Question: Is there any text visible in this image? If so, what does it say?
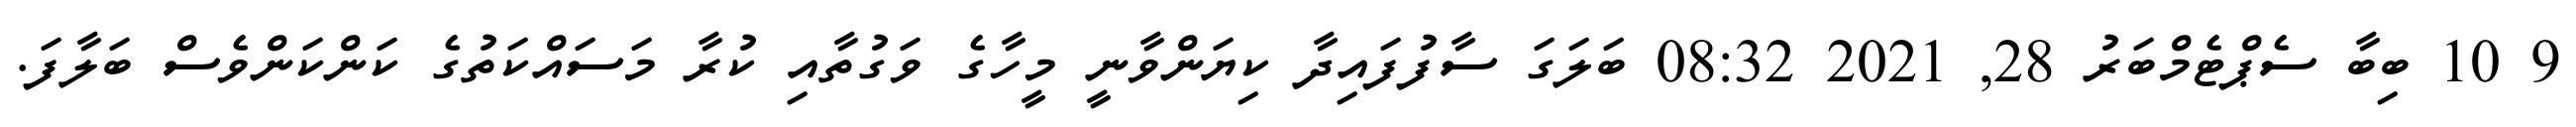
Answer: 9 10 ބިބާ ސެޕްޓެމްބަރު 28, 2021 08:32 ބަލަގަ ސާފުފައިދާ ކިޔަންވާނީ މީހާގެ ވަގުތާއި ކުރާ މަސައްކަތުގެ ކަންކަންވެސް ބަލާފަ.